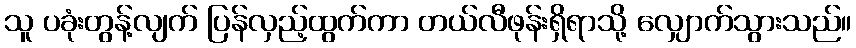
သူ ပခုံးတွန့်လျက် ပြန်လှည့်ထွက်ကာ တယ်လီဖုန်းရှိရာသို့ လျှောက်သွားသည်။